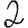
Digit: 2